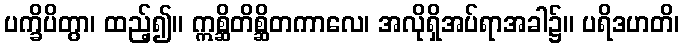
ပက္ခိပိတွာ၊ ထည့်၍။ ဣစ္ဆိတိစ္ဆိတကာလေ၊ အလိုရှိအပ်ရာအခါ၌။ ပရိဒဟတိ၊